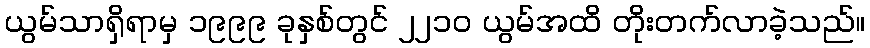
ယွမ်သာရှိရာမှ ၁၉၉၉ ခုနှစ်တွင် ၂၂၁၀ ယွမ်အထိ တိုးတက်လာခဲ့သည်။